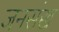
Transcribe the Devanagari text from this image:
जनसंख